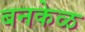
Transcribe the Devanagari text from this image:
बनकेळ